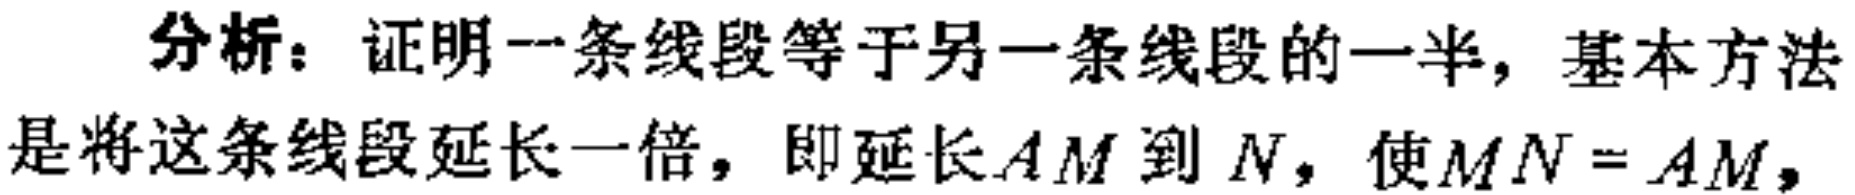
分析：证明一条线段等于另一条线段的一半，基本方法是将这条线段延长一倍，即延长\(AM\)到\(N\)，使\(MN = AM\)，